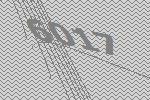
6017